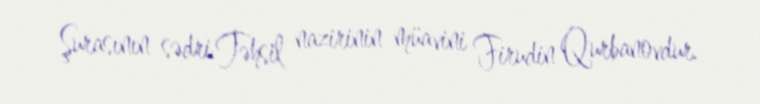
Şurasının sədri Təhsil nazirinin müavini Firudin Qurbanovdur.